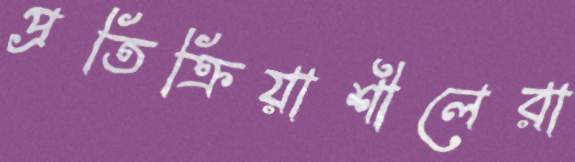
প্রতিক্রিয়াশীলেরা